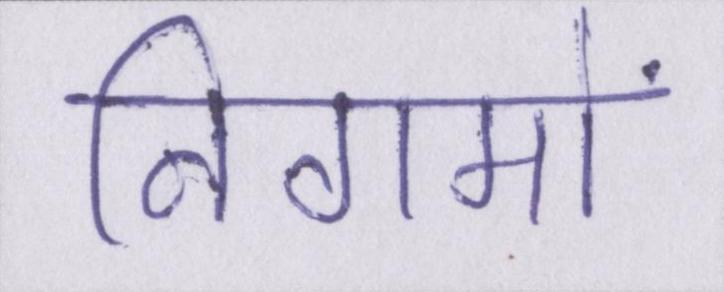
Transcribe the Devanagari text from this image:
निगमों